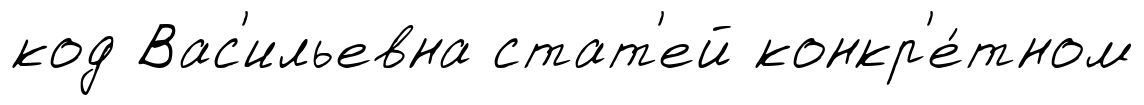
код Вас'ильевна стат'ей конкр'е́тном